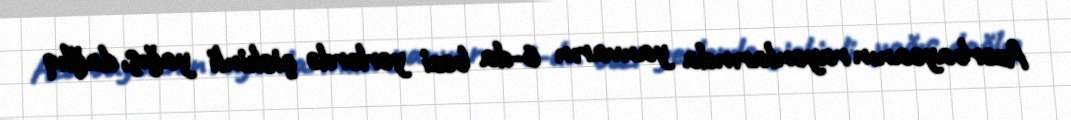
Azərbaycanın rayonlarında yanvarın 6-da bəzi yerlərdə çiskinli yağış, dağlıq